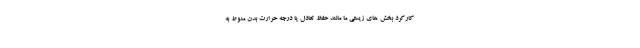
کارکرد بخش های زیستی ما مانند حفظ تعادل یا درجه حرارت بدن منوط به